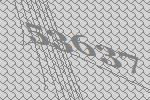
53637